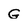
Character: G